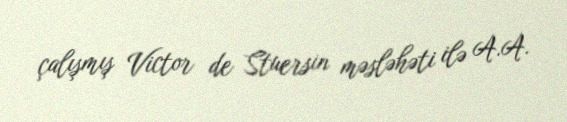
çalışmış Victor de Stuersin məsləhəti ilə A.A.